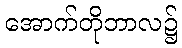
အောက်တိုဘာလ၌